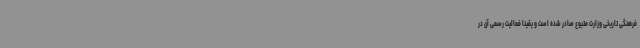
فرهنگی تاریخی وزارت متبوع صادر شده است و یقینا فعالیت رسمی آن در